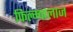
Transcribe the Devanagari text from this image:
फिल्म्वालाज